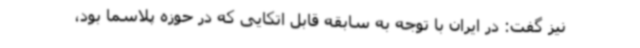
نیز گفت: در ایران با توجه به سابقه قابل اتکایی که در حوزه پلاسما بود،